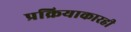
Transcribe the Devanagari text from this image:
प्रक्रियाकारही